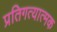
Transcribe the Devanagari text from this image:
प्रतिगत्यात्मक